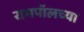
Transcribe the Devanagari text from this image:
रामपॉलच्या